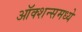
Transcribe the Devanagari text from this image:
ऑक्शन्समध्ये